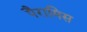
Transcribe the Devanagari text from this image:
पैरामिस